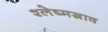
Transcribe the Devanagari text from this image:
श्लेष्मस्राव